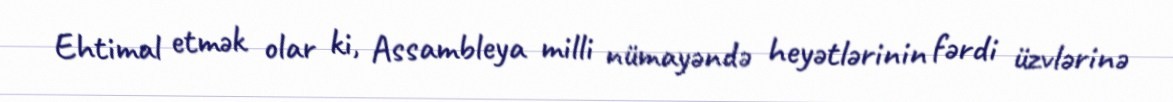
Ehtimal etmək olar ki, Assambleya milli nümayəndə heyətlərinin fərdi üzvlərinə